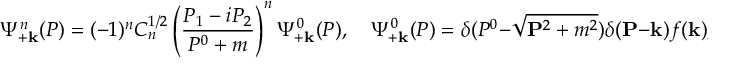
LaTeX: \Psi _ { + \bf k } ^ { n } ( P ) = ( - 1 ) ^ { n } C _ { n } ^ { 1 / 2 } \left( \frac { P _ { 1 } - i P _ { 2 } } { P ^ { 0 } + m } \right) ^ { n } \Psi _ { + \bf k } ^ { 0 } ( P ) , \quad \Psi _ { + \bf k } ^ { 0 } ( P ) = \delta ( P ^ { 0 } - \sqrt { { \bf P } ^ { 2 } + m ^ { 2 } } ) \delta ( { \bf P } - { \bf k } ) f ( { \bf k } ) ,